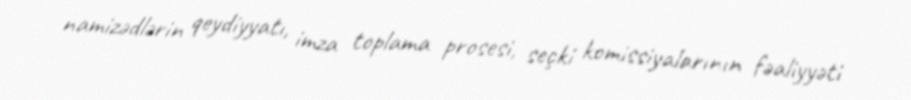
namizədlərin qeydiyyatı, imza toplama prosesi, seçki komissiyalarının fəaliyyəti